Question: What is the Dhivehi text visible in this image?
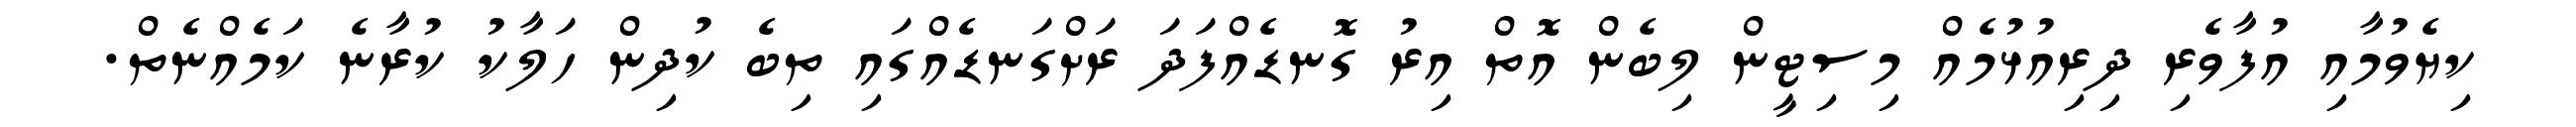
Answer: ކިޔެވުމާއި އުފާވެރި ދިރިއުޅުމެއް މިސިޓީން ލިބެން އޮތް އިރު ގޮނޑެއްފަދަ ރަށްގަނޑެއްގައި ތިބެ ކުދިން ހަލާކު ކުރާނެ ކަމެއްނެތް.